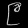
Digit: ၉